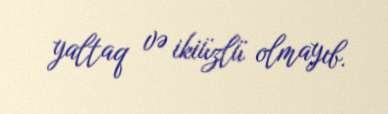
yaltaq və ikiüzlü olmayıb.